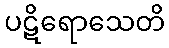
ပဋိရောသေတိ